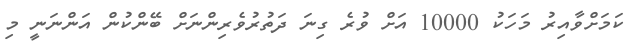
ކަމަށްވާއިރު މަހަކު 10000 އަށް ވުރެ ގިނަ ދަތުރުވެރިންނަށް ބޭންކުން އަންނަނީ މި